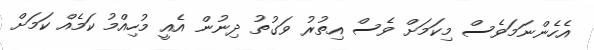
އެހެންނަމަވެސް މިކަމަށް ވެސް އިތުރު ވަގުތު ދިނުން އެއީ މުހިއްމު ކަމެއް ކަމަށް